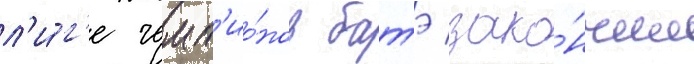
л'и́г'е чемп'ио́нов батэ зако́нчил